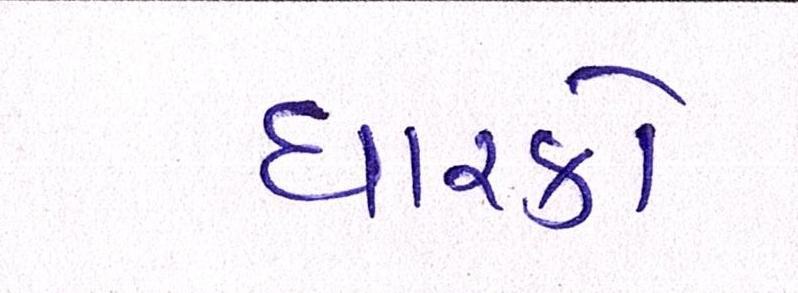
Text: ધારકો